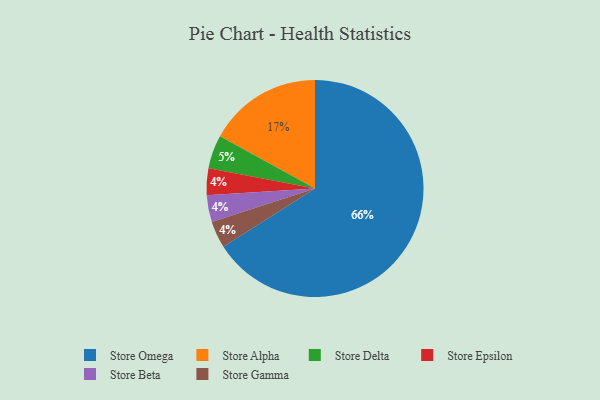
{"axis": {"x": "Category", "y": "Percentage"}, "legend": ["Store Alpha", "Store Beta", "Store Delta", "Store Epsilon", "Store Gamma", "Store Omega"], "data": [{"x": "Store Omega", "y": 66, "type": "Store Omega"}, {"x": "Store Delta", "y": 5, "type": "Store Delta"}, {"x": "Store Epsilon", "y": 4, "type": "Store Epsilon"}, {"x": "Store Beta", "y": 4, "type": "Store Beta"}, {"x": "Store Gamma", "y": 4, "type": "Store Gamma"}, {"x": "Store Alpha", "y": 17, "type": "Store Alpha"}]}